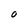
Character: O